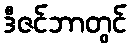
ဒီဇင်ဘာတွင်